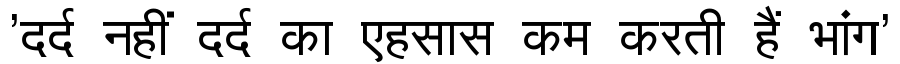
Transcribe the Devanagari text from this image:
'दर्द नहीं दर्द का एहसास कम करती हैं भांग'